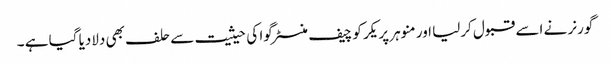
گورنر نے اسے قبول کرلیا اور منوہر پریکر کو چیف منسٹر گوا کی حیثیت سے حلف بھی دلادیا گیا ہے ۔